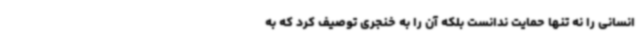
انسانی را نه تنها حمایت ندانست بلکه آن را به خنجری توصیف کرد که به